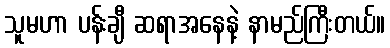
သူမဟာ ပန်းချီ ဆရာအနေနဲ့ နာမည်ကြီးတယ်။